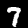
Label: 7